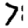
Digit: 7